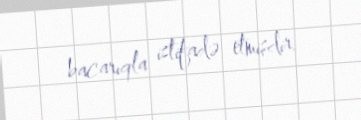
bacarıqla istifadə etmişdir.